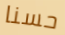
حسنا